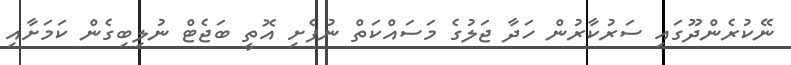
ނޭކުރެންދޫގައި ސަރުކާރުން ހަދާ ޖަލުގެ މަސައްކަތް ނުފެށި އޮތީ ބަޖެޓް ނުލިބިގެން ކަމަށާއި